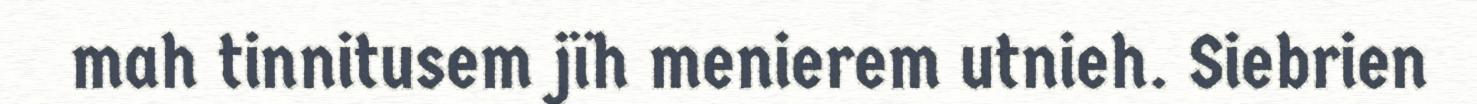
mah tinnitusem jïh menierem utnieh. Siebrien